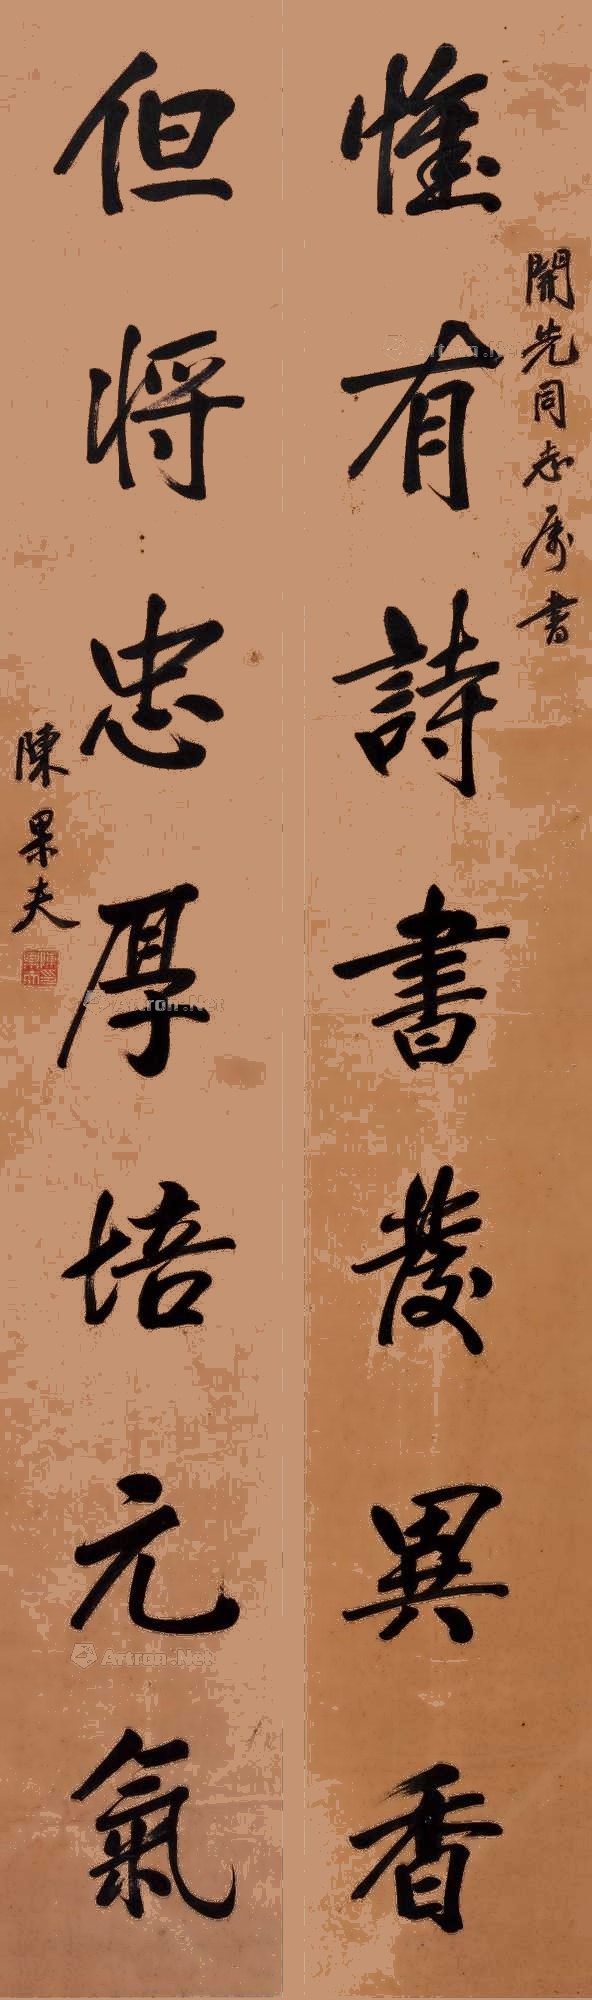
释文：惟有诗书发异香，但将忠厚培元气。开先同志属书，陈果夫。